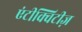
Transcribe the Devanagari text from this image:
एंटीक्विटीज़